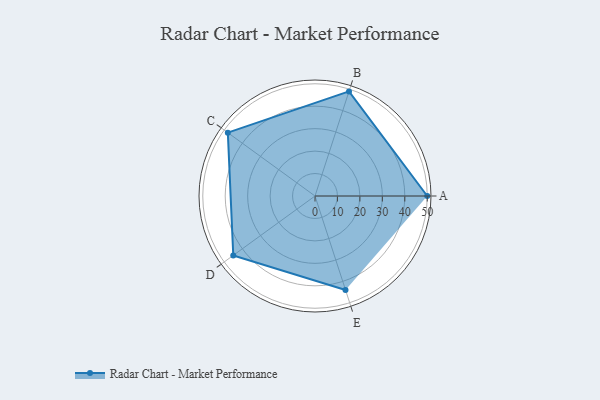
{"axis": {"x": "Skill", "y": "Score"}, "legend": ["Profile"], "data": [{"x": "A", "y": 50.0, "type": "Profile"}, {"x": "B", "y": 49.0, "type": "Profile"}, {"x": "C", "y": 48.0, "type": "Profile"}, {"x": "D", "y": 45.0, "type": "Profile"}, {"x": "E", "y": 44.0, "type": "Profile"}]}